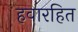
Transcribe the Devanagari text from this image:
हवारहित